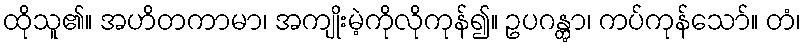
ထိုသူ၏။ အဟိတကာမာ၊ အကျိုးမဲ့ကိုလိုကုန်၍။ ဥပဂန္တွာ၊ ကပ်ကုန်သော်။ တံ၊